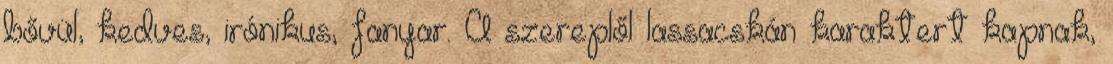
bővül, kedves, irónikus, fanyar. A szereplől lassacskán karaktert kapnak,